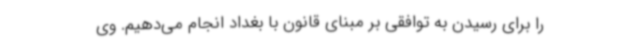
را برای رسیدن به توافقی بر مبنای قانون با بغداد انجام می‌دهیم. وی